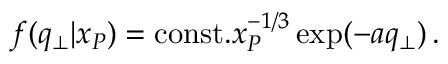
f ( q _ { \bot } | x _ { P } ) = \mathrm { c o n s t . } x _ { P } ^ { - 1 / 3 } \exp ( - a q _ { \bot } ) \mathrm { \, . }